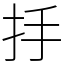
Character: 抙